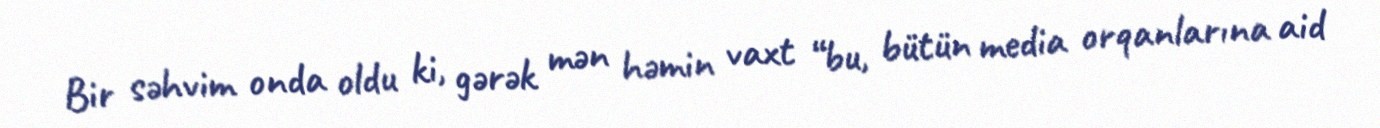
Bir səhvim onda oldu ki, gərək mən həmin vaxt “bu, bütün media orqanlarına aid